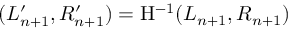
( L _ { n + 1 } ^ { \prime } , R _ { n + 1 } ^ { \prime } ) = \mathrm { H } ^ { - 1 } ( L _ { n + 1 } , R _ { n + 1 } )